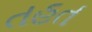
તહત